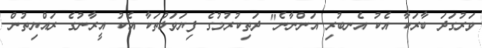
ވަރުގަދަ ބާރަކާ އެކު އެނބުރި އަންނާނެ" ދަތިކުރުމުގެ ފިޔަވަޅުތަކާ އެކު އީރާނުގެ ރައްޔިތުން